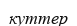
куттер